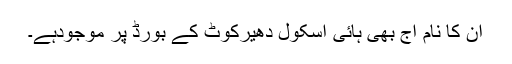
ان کا نام آج بھی ہائی اسکول دھیرکوٹ کے بورڈ پر موجودہے۔